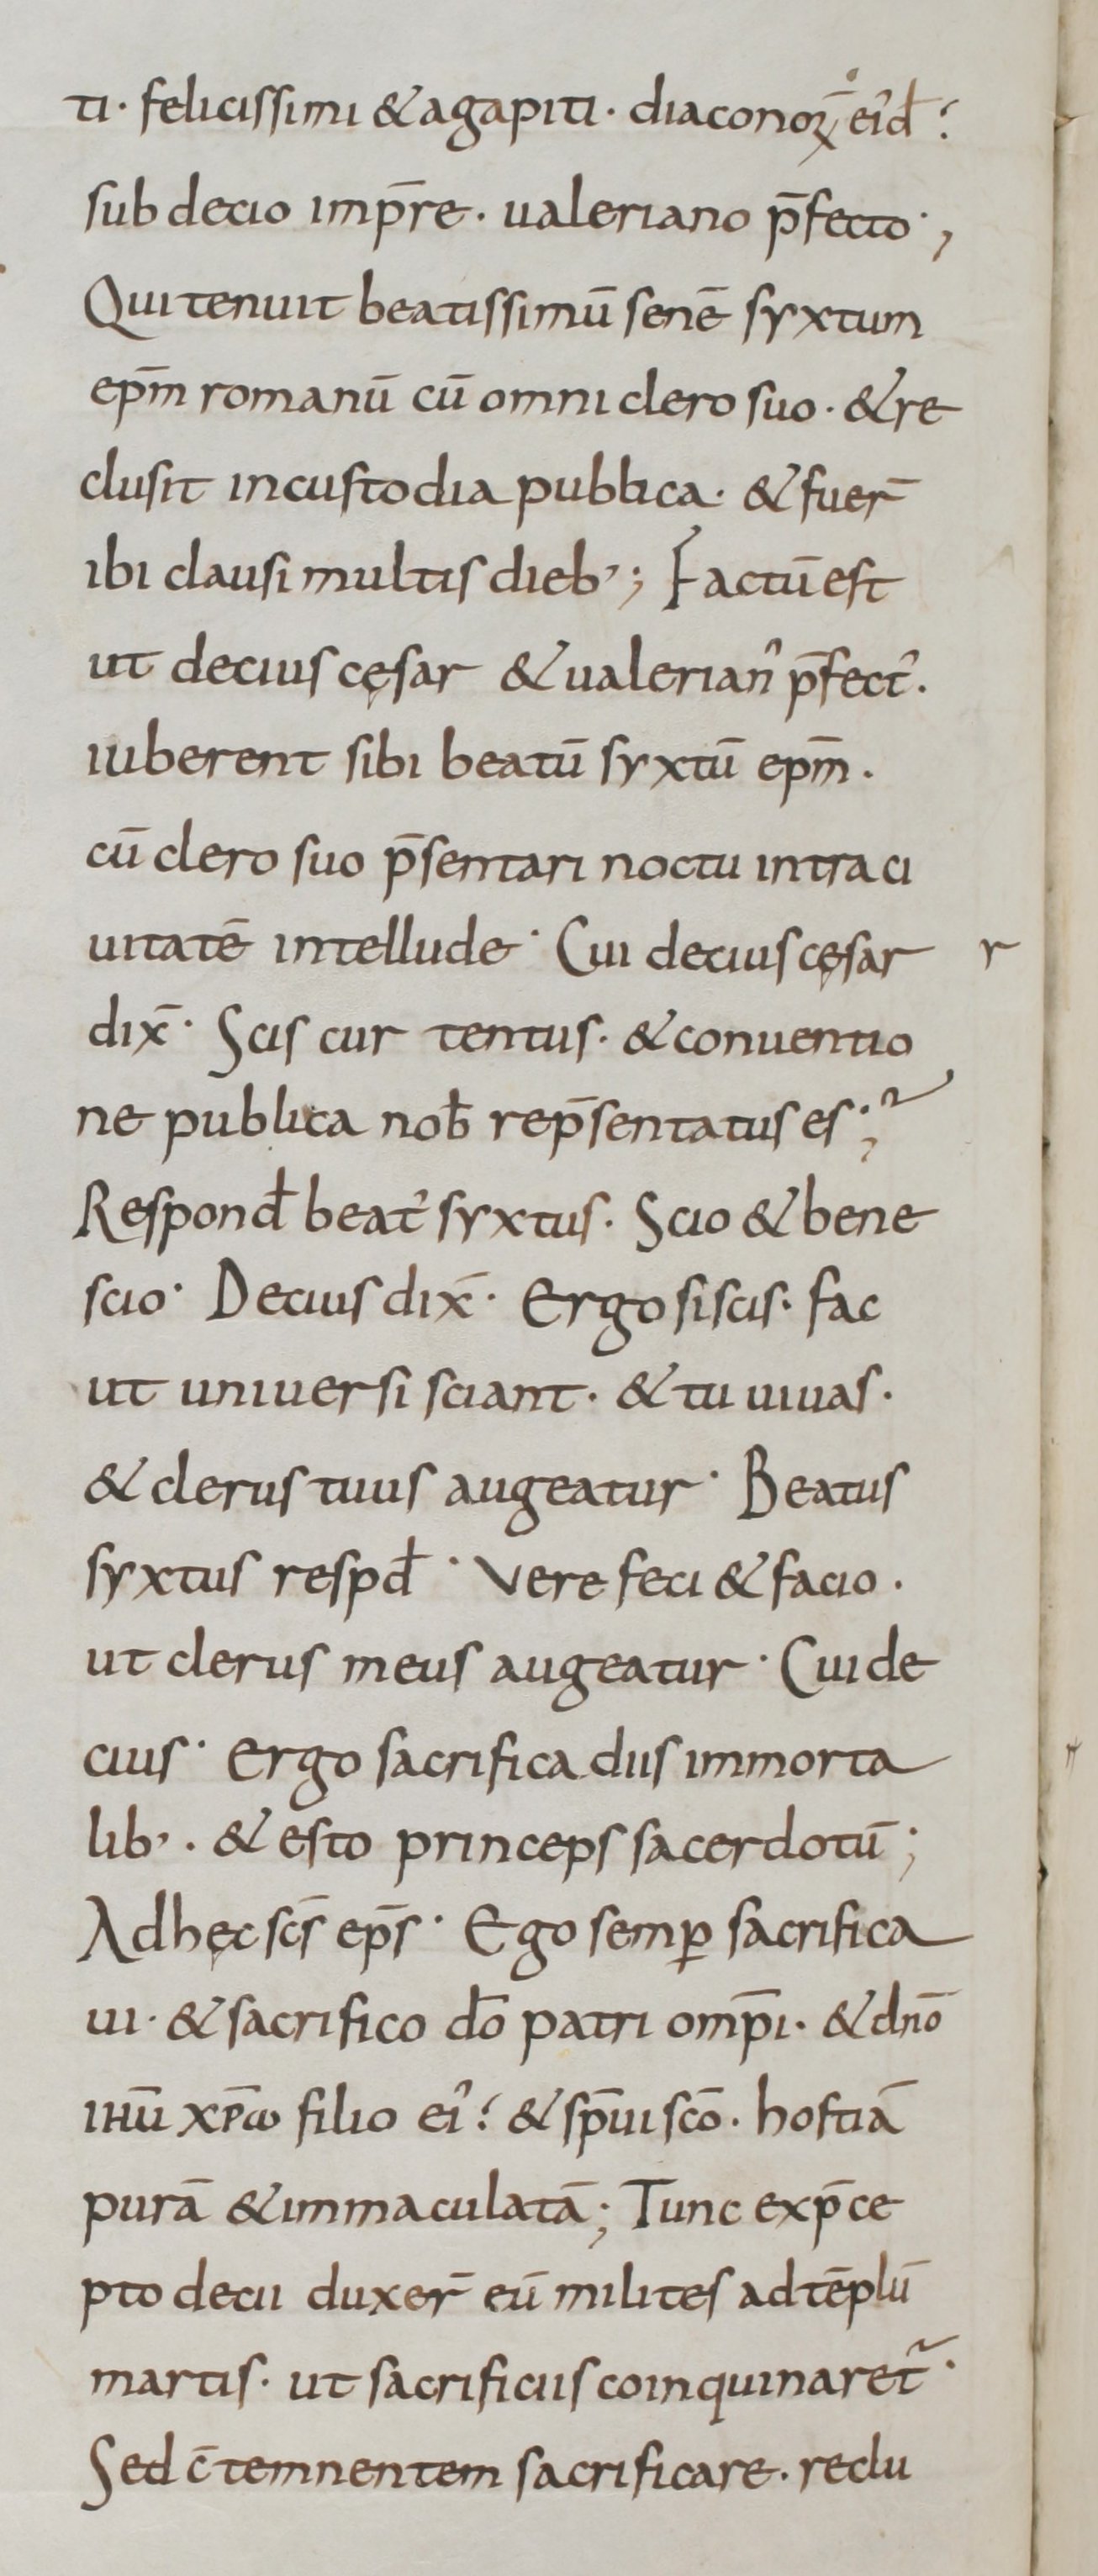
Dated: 800–949